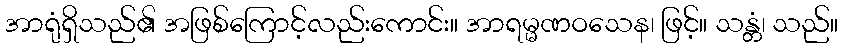
အာရုံရှိသည်၏ အဖြစ်ကြောင့်လည်းကောင်း။ အာရမ္မဏဝသေန၊ ဖြင့်။ သန္တံ၊ သည်။